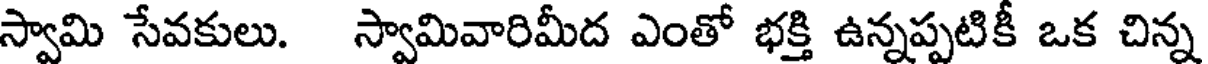
స్వామి సేవకులు. స్వామివారిమీద ఎంతో భక్తి ఉన్నప్పటికీ ఒక చిన్న